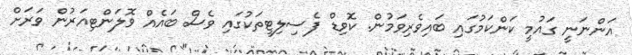
އަންނަނީ ގައުމީ ކަންކަމުގައި ބައިވެރިވަމުން. ކޮވިޑް ފެސިލިޓީތަކުގައި ވެސް ބައެއް ވޮލަންޓިއަރުން ވަރަށް